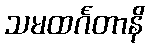
သမထင်္ဂတာနိ